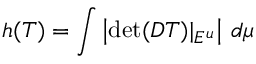
h ( T ) = \int \left| \operatorname* { d e t } ( D T ) | _ { E ^ { u } } \right| \, d \mu